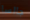
جالسا